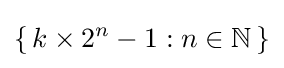
\left\{\,k\times 2^{n}-1:n\in \mathbb {N} \,\right\}